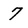
Character: 7